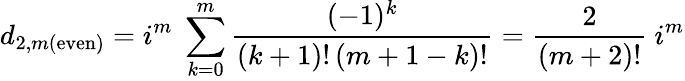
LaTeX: d_{2,m(\mathrm{even})}=i^{m}\; \sum_{k=0}^{m}{\frac{(-1)^{k}}{(k+1)!\, (m+1-k)!}}={\frac{2}{(m+2)!}}~i^{m}